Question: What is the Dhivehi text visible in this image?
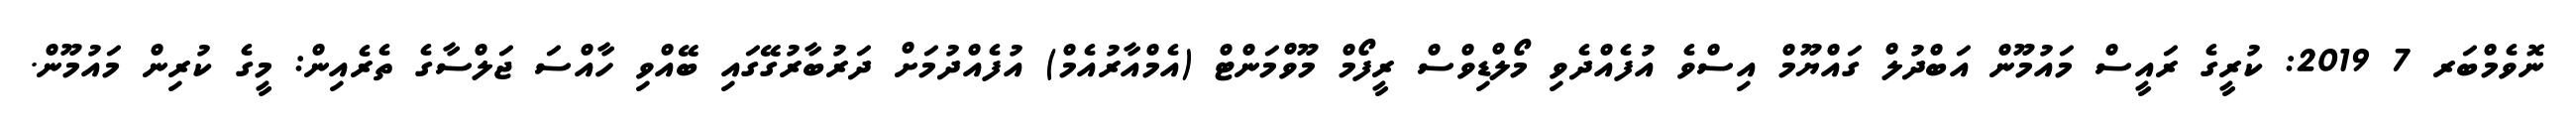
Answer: ނޮވެމްބަރ 7 2019: ކުރީގެ ރައީސް މައުމޫން އަބްދުލް ގައްޔޫމް އިސްވެ އުފެއްދެވި މޯލްޑިވްސް ރީފޯމް މޫވްމަންޓް (އެމްއާރުއެމް) އުފެއްދުމަށް ދަރުބާރުގޭގައި ބޭއްވި ހާއްސަ ޖަލްސާގެ ތެރެއިން: މީގެ ކުރިން މައުމޫން.